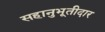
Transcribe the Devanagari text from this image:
सहानुभूतीदार